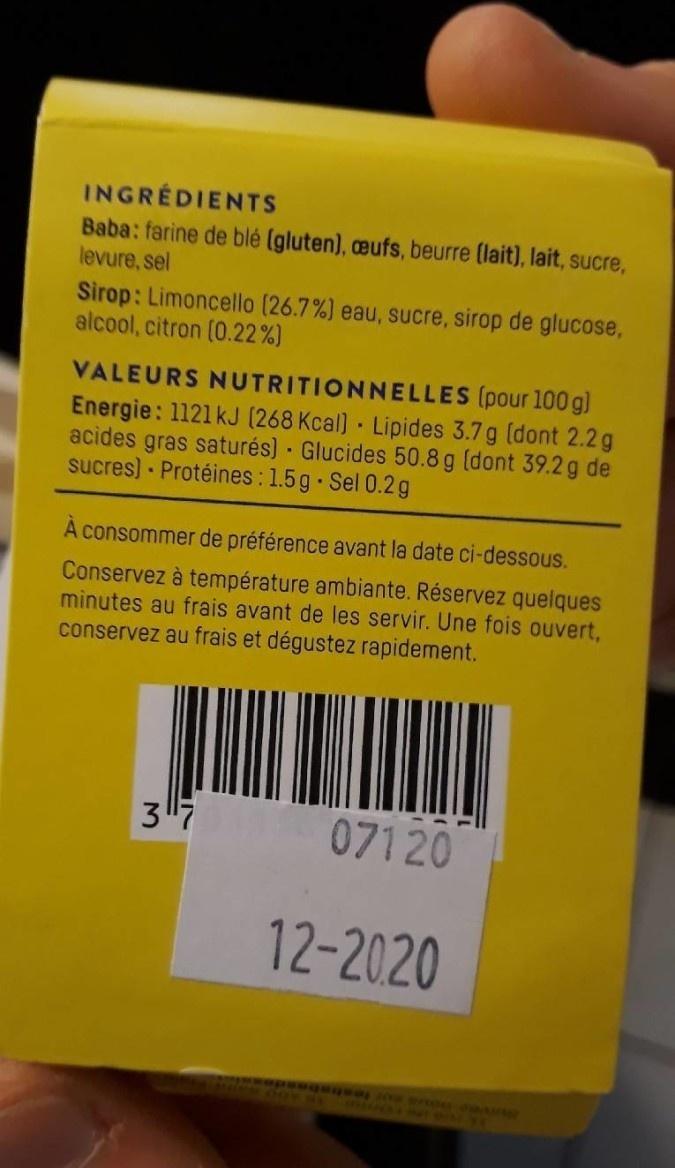
INGRÉDIENTS
Baba: farine de blé (gluten), ceufs, beurre (lait), lait, sucre, levure, sel
Sirop: Limoncello (26.7%) eau, sucre, sirop de glucose, alcool, citron (0.22%)
VALEURS NUTRITIONNELLES (pour 100 g] Energie: 1121 kJ (268 Kcal) Lipides 3.7 g (dont 2.2g acides gras saturés) · Glucides 50.8 g (dont 39.2 g de sucres) Protéines : 1.5g Sel 0.2g
A consommer de préférence avant la date ci-dessous.
Conservez à température ambiante. Réservez quelques minutes au frais avant de les servir. Une fois ouvert, conservez au frais et dégustez rapidement.
JAN MIN
37
07120
12-2020
892M